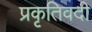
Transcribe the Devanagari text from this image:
प्रकृतिवदी